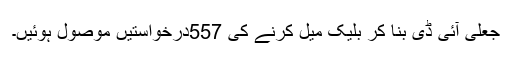
جعلی آئی ڈی بنا کر بلیک میل کرنے کی 557درخواستیں موصول ہوئیں۔